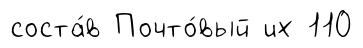
соста́в Почто́вый их 110